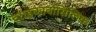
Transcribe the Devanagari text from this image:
ट्राइकार्बोसिलिक